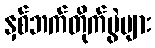
နှစ်ဘက်တိုက်ပွဲများ